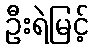
ဦးရဲမြင့်